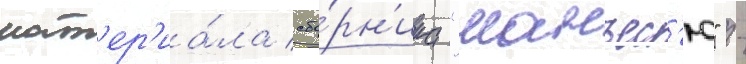
мат'ер'иа́ла сбо́рн'ика "манъес'ю" -